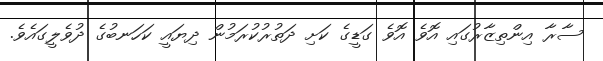
ސާރާ އިންތިޒާރުގައި އޮވެ އޮވެ ގަޑީގެ ކަށި ދަތުރުކުރަމުން ދިޔައީ ކަހަނބުގެ ދުވެލީގައެވެ.